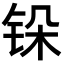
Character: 𬭆